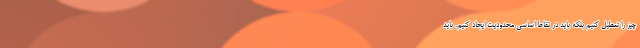
چیز را تعطیل کنیم بلکه باید در نقاط اساسی محدودیت ایجاد کنیم. باید